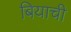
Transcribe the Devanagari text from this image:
बियाची